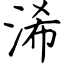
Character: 浠